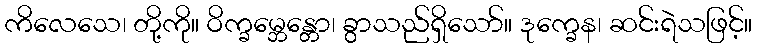
ကိလေသေ၊ တို့ကို။ ဝိက္ခမ္ဘေန္တော၊ ခွာသည်ရှိသော်။ ဒုက္ခေန၊ ဆင်းရဲသဖြင့်။